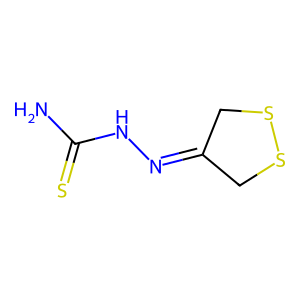
SMILES: NC(=S)NN=C1CSSC1
Inhibits HIV replication: No